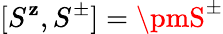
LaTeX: [S^{\mathbf{z}},S^{\pm}]=\pmS^{\pm}